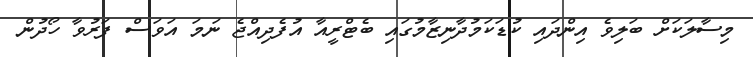
މިސާލަކަށް ބަލިވެ އިންދައި ކުޑަކަމުދާނިޒާމުގައި ބެޓްރީއާ އުފެދިއްޖެ ނަމަ އަވަސް ފަރުވާ ހޯދުން